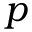
p